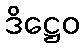
ဒိဋ္ဌေဝ